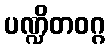
ပဏ္ဍိတဝဂ္ဂ